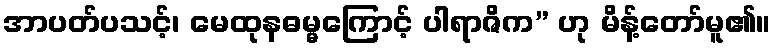
အာပတ်ပသင့်၊ မေထုနဓမ္မကြောင့် ပါရာဇိက” ဟု မိန့်တော်မူ၏။